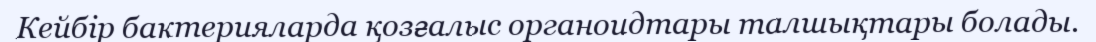
Кейбiр бактерияларда қозғалыс органоидтары талшықтары болады.